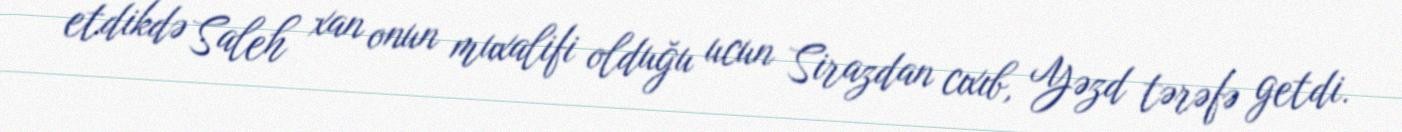
etdikdə Saleh xan onun muxalifi olduğu ucun Sirazdan cıxıb, Yəzd tərəfə getdi.